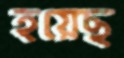
হয়েছ